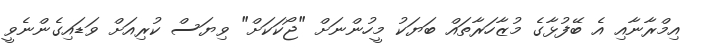
އިމްރާނާއި އެ ބޭފުޅާގެ މުޒާހަރާތައް ބަޔަކު މީހުންނަށް "ޖޯކަކަށް" ވިޔަސް ކުރިއަށް ވަޑައިގެންނެވީ